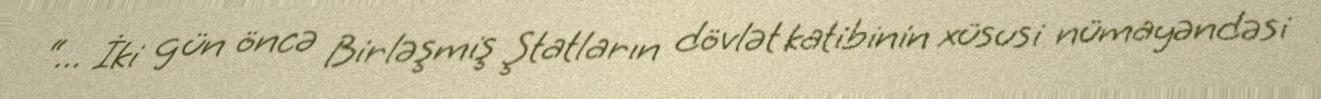
“... İki gün öncə Birləşmiş Ştatların dövlət katibinin xüsusi nümayəndəsi